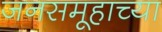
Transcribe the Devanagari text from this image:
जनसमूहाच्‍या